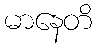
မာနေတိ